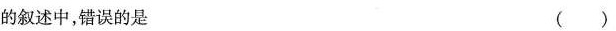
的叙述中，错误的是 ( )